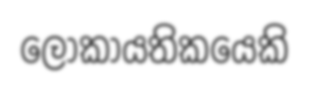
ලෝකායතිකයෙකි